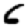
Digit: 6